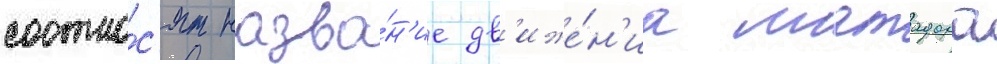
соотно́с'ят назва́н'ие дв'иже́н'иа матадора